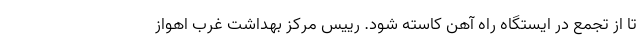
تا از تجمع در ایستگاه راه آهن کاسته شود. رییس مرکز بهداشت غرب اهواز